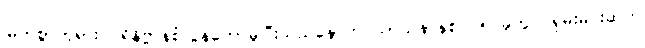
မြတ်စွာဘုရား ပရိနိဗ္ဗာန်စံလွန်တော်မူပြီးသည်နောက် သာသနာနှစ် ၁၅၇ခုတွင် ရှမ်းမင်းဆက်